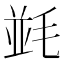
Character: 𣮧